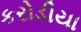
કરોડીયા